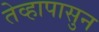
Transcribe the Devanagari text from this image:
तेव्हापासुन